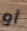
أو